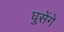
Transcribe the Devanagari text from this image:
घुसेंगे